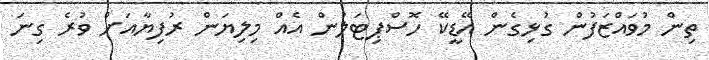
ތިން މުވައްޒަފުން ގުޅިގެން އޭޑީކޭ ހޮސްޕިޓަލުން އެއް މިލިޔަން ރުފިޔާއަށް ވުރެ ގިނަ